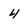
Character: 4